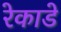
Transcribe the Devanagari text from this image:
रेकाडे